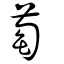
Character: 萄